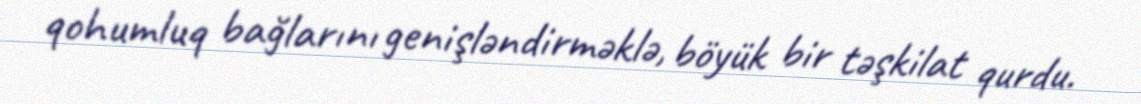
qohumluq bağlarını genişləndirməklə, böyük bir təşkilat qurdu.